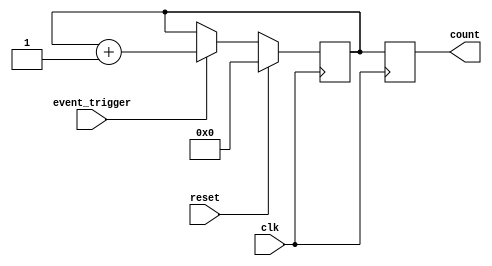
module EventTriggeredCounter (
    input wire clk,             // Clock signal
    input wire reset,           // Reset signal
    input wire event_trigger,    // Event trigger signal
    output reg [15:0] count     // Count output (16-bit)
);

// Memory block to store the count value
reg [15:0] memory; // Using 16-bit memory to hold count value

// Synchronous operation
always @(posedge clk) begin
    if (reset) begin
        // Reset the count
        memory <= 16'b0;
    end else if (event_trigger) begin
        // Increment the count on event trigger
        memory <= memory + 1'b1;
    end
end

// Assign the memory value to the count output
always @(posedge clk) begin
    count <= memory; // Update output count with current memory value
end

endmodule